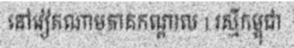
នៅវៀតណាមភាគកណ្តាល | រស្មីកម្ពុជា